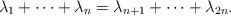
LaTeX: \begin{align*}\lambda_1+\cdots+\lambda_n = \lambda_{n+1}+\cdots+\lambda_{2n}.\end{align*}